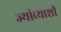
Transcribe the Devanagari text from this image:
ज्यांच्याशी